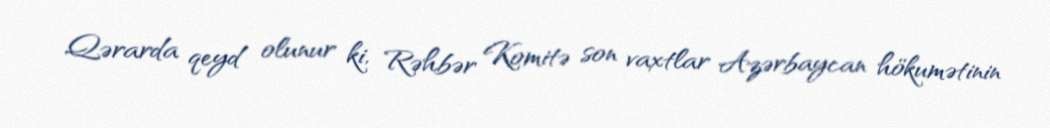
Qərarda qeyd olunur ki, Rəhbər Komitə son vaxtlar Azərbaycan hökumətinin